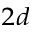
_ { 2 d }